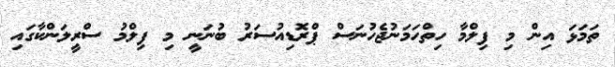
ތަމަޅަ އިން މި ފިލްމާ ހިތްހަމަނުޖެހުނަސް ޕްރޮޑިއުސަރު ބުނަނީ މި ފިލްމު ސްރީލަންކާގައި